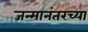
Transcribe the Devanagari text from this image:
जन्मानंतरच्या